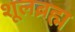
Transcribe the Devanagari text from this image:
शूलब्रह्म